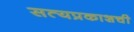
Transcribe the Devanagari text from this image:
सत्यप्रकाशची